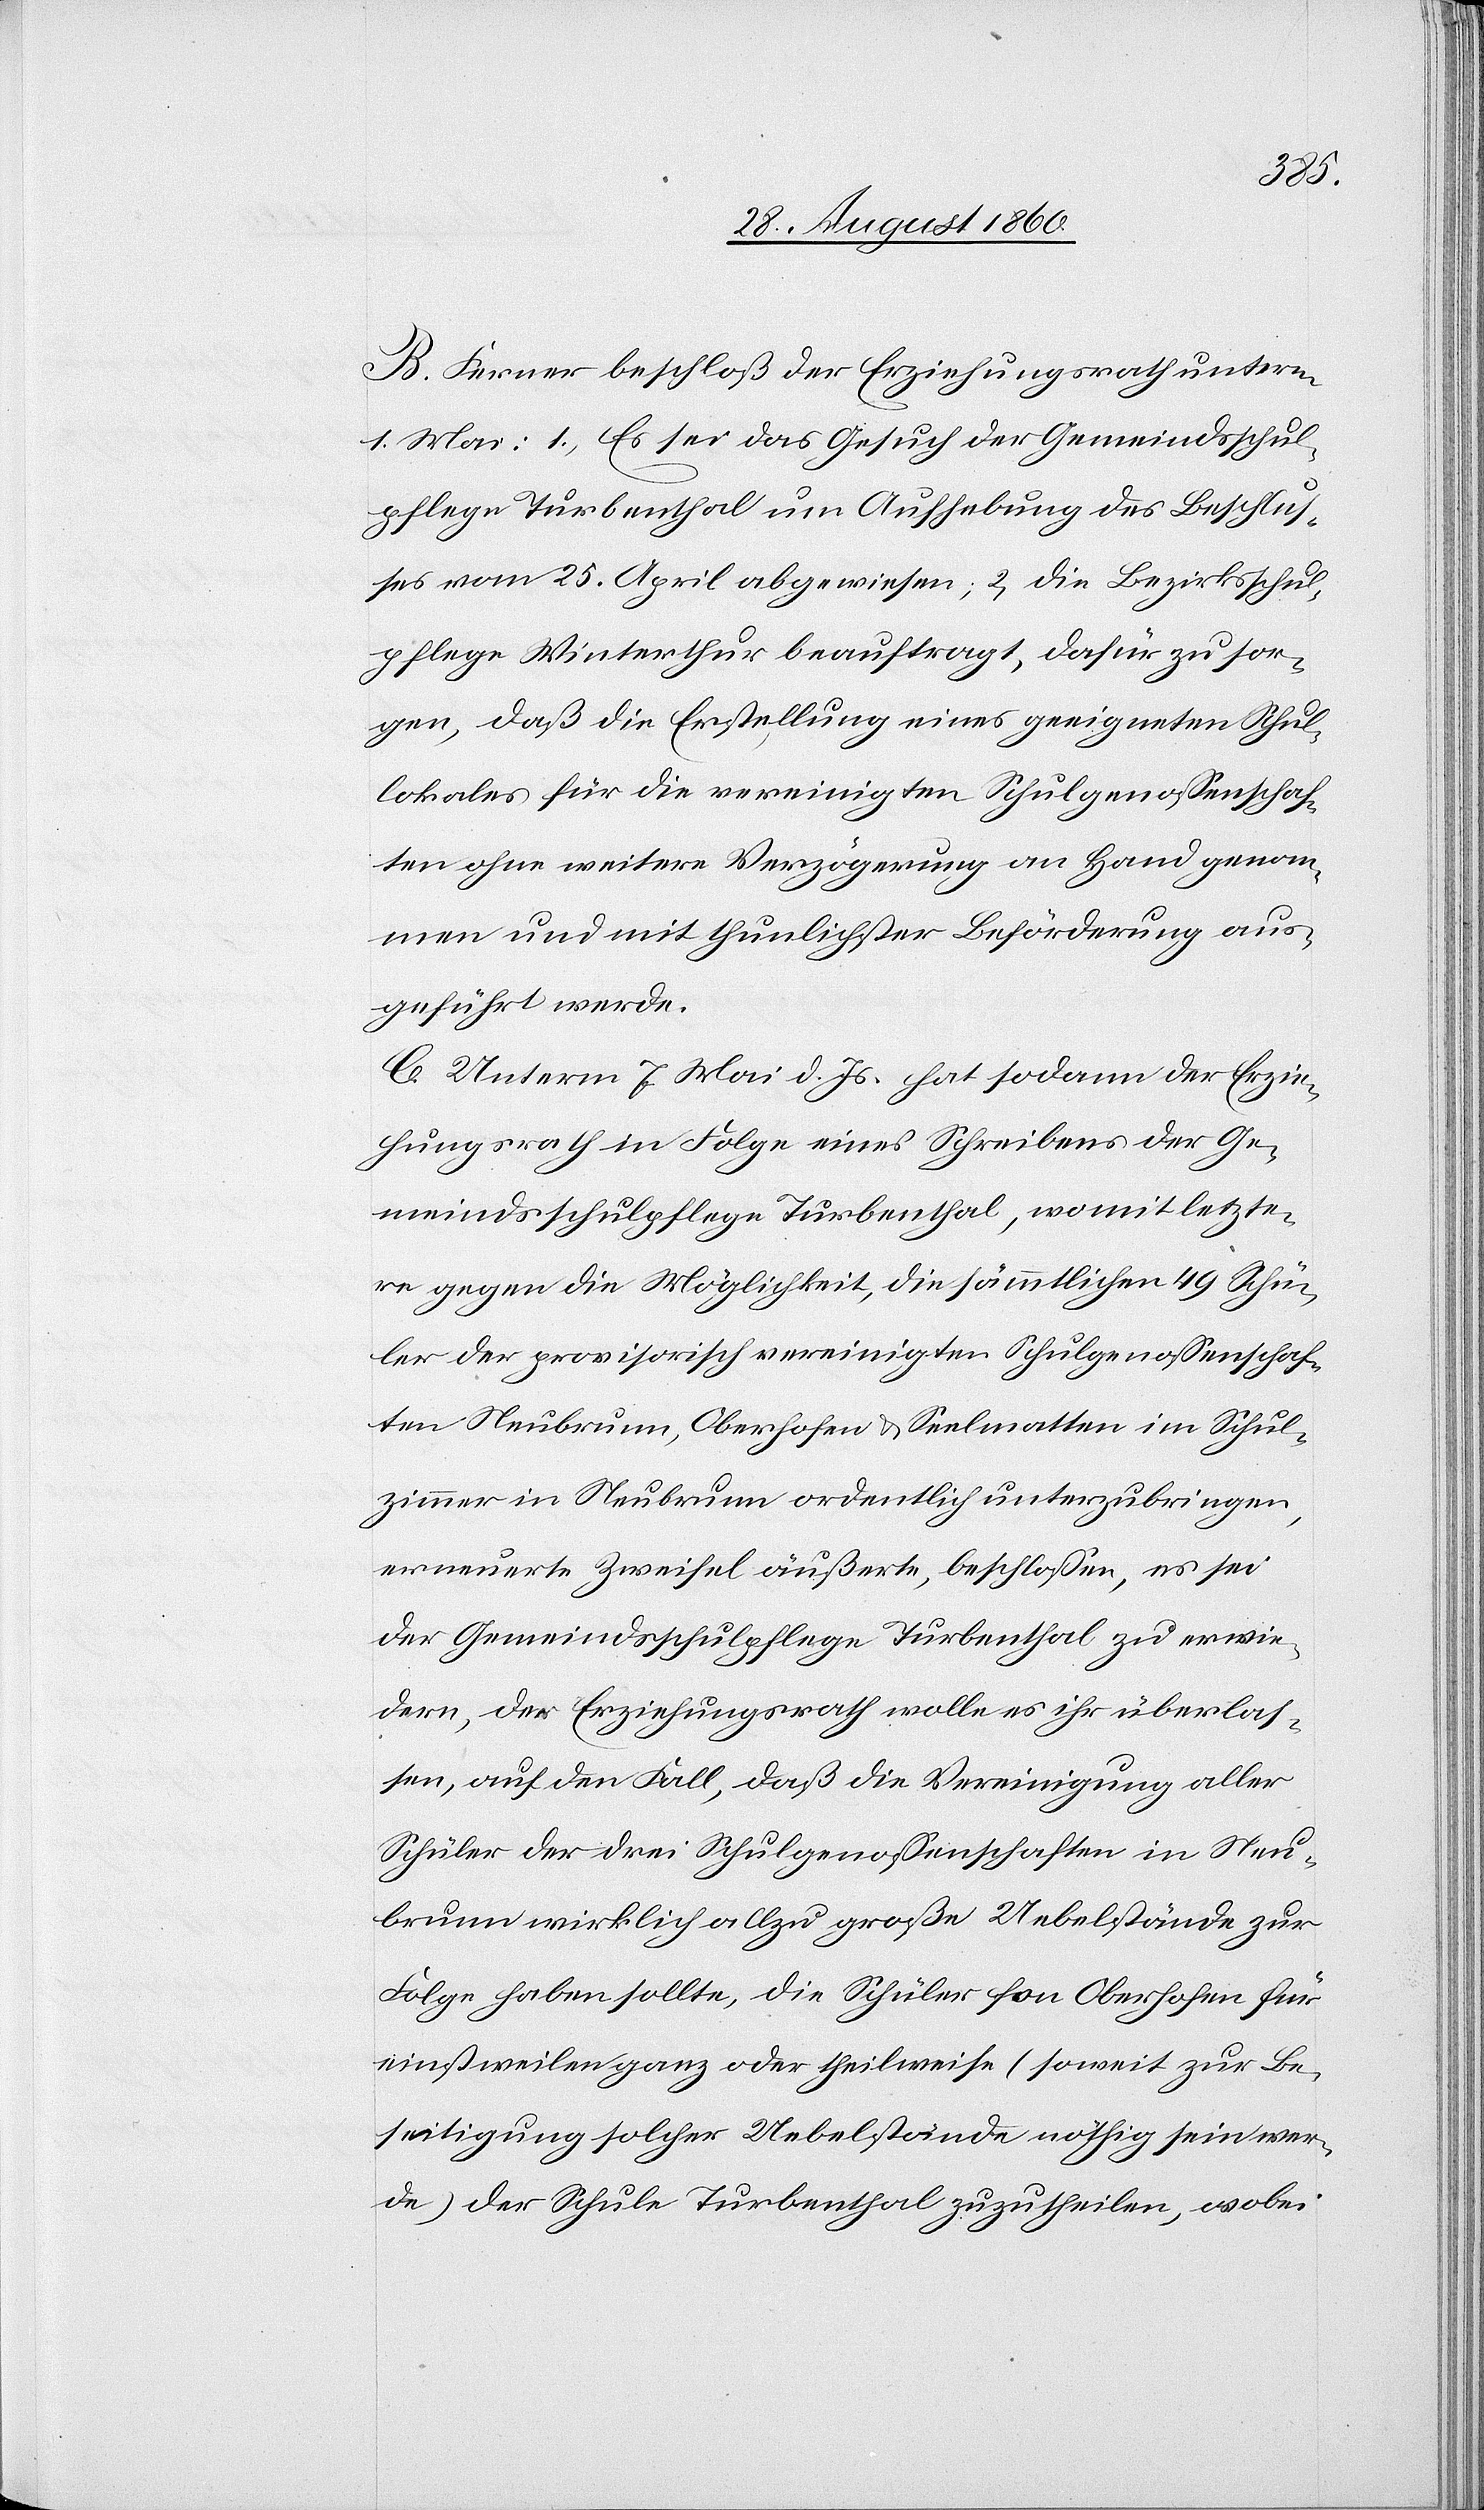
B. Ferner beschloss der Erziehungsrath unterm
1. Mai: 1) Es sei das Gesuch der Gemeindsschul¬
pflege Turbenthal um Aufhebung des Beschlus¬
ses vom 25. April abgewiesen; 2) die Bezirksschul¬
pflege Winterthur beauftragt, dafür zu sor¬
gen, dass die Erstellung eines geeigneten Schul¬
lokales für die vereinigten Schulgenossenschaf¬
ten ohne weitere Verzögerung an Hand genom¬
men und mit thunlichster Beförderung aus¬
geführt werde.
C. Unterm 7. Mai d. Js. hat sodann der Erzie¬
hungsrath in Folge eines Schreibens der Ge¬
meindsschulpflege Turbenthal, womit letzte¬
re gegen die Möglichkeit, die sämmtlichen 49 Schü¬
ler der provisorisch vereinigten Schulgenossenschaf¬
ten Neubrunn, Oberhofen und Seelmatten im Schul¬
zimmer in Neubrunn ordentlich unterzubringen,
erneuerte Zweifel äusserte, beschlossen, es sei
der Gemeindsschulpflege Turbenthal zu erwie¬
dern, der Erziehungsrath wolle es ihr überlas¬
sen, auf den Fall, dass die Vereinigung aller
Schüler der 3 Schulgenossenschaften in Neu¬
brunn wirklich allzu grosse Uebelstände zur
Folge haben sollte, die Schüler von Oberhofen für
einstweilen ganz oder theilweise (soweit zur Be¬
seitigung solcher Uebelstände nöthig sein wer¬
de) der Schule Turbenthal zuzutheilen, wo-